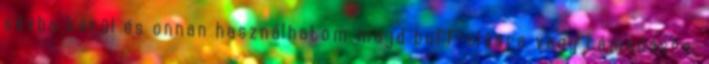
sávba kerül és onnan használhatom majd buff-olásra vagy támadásra.